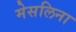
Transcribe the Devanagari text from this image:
मेसलिना